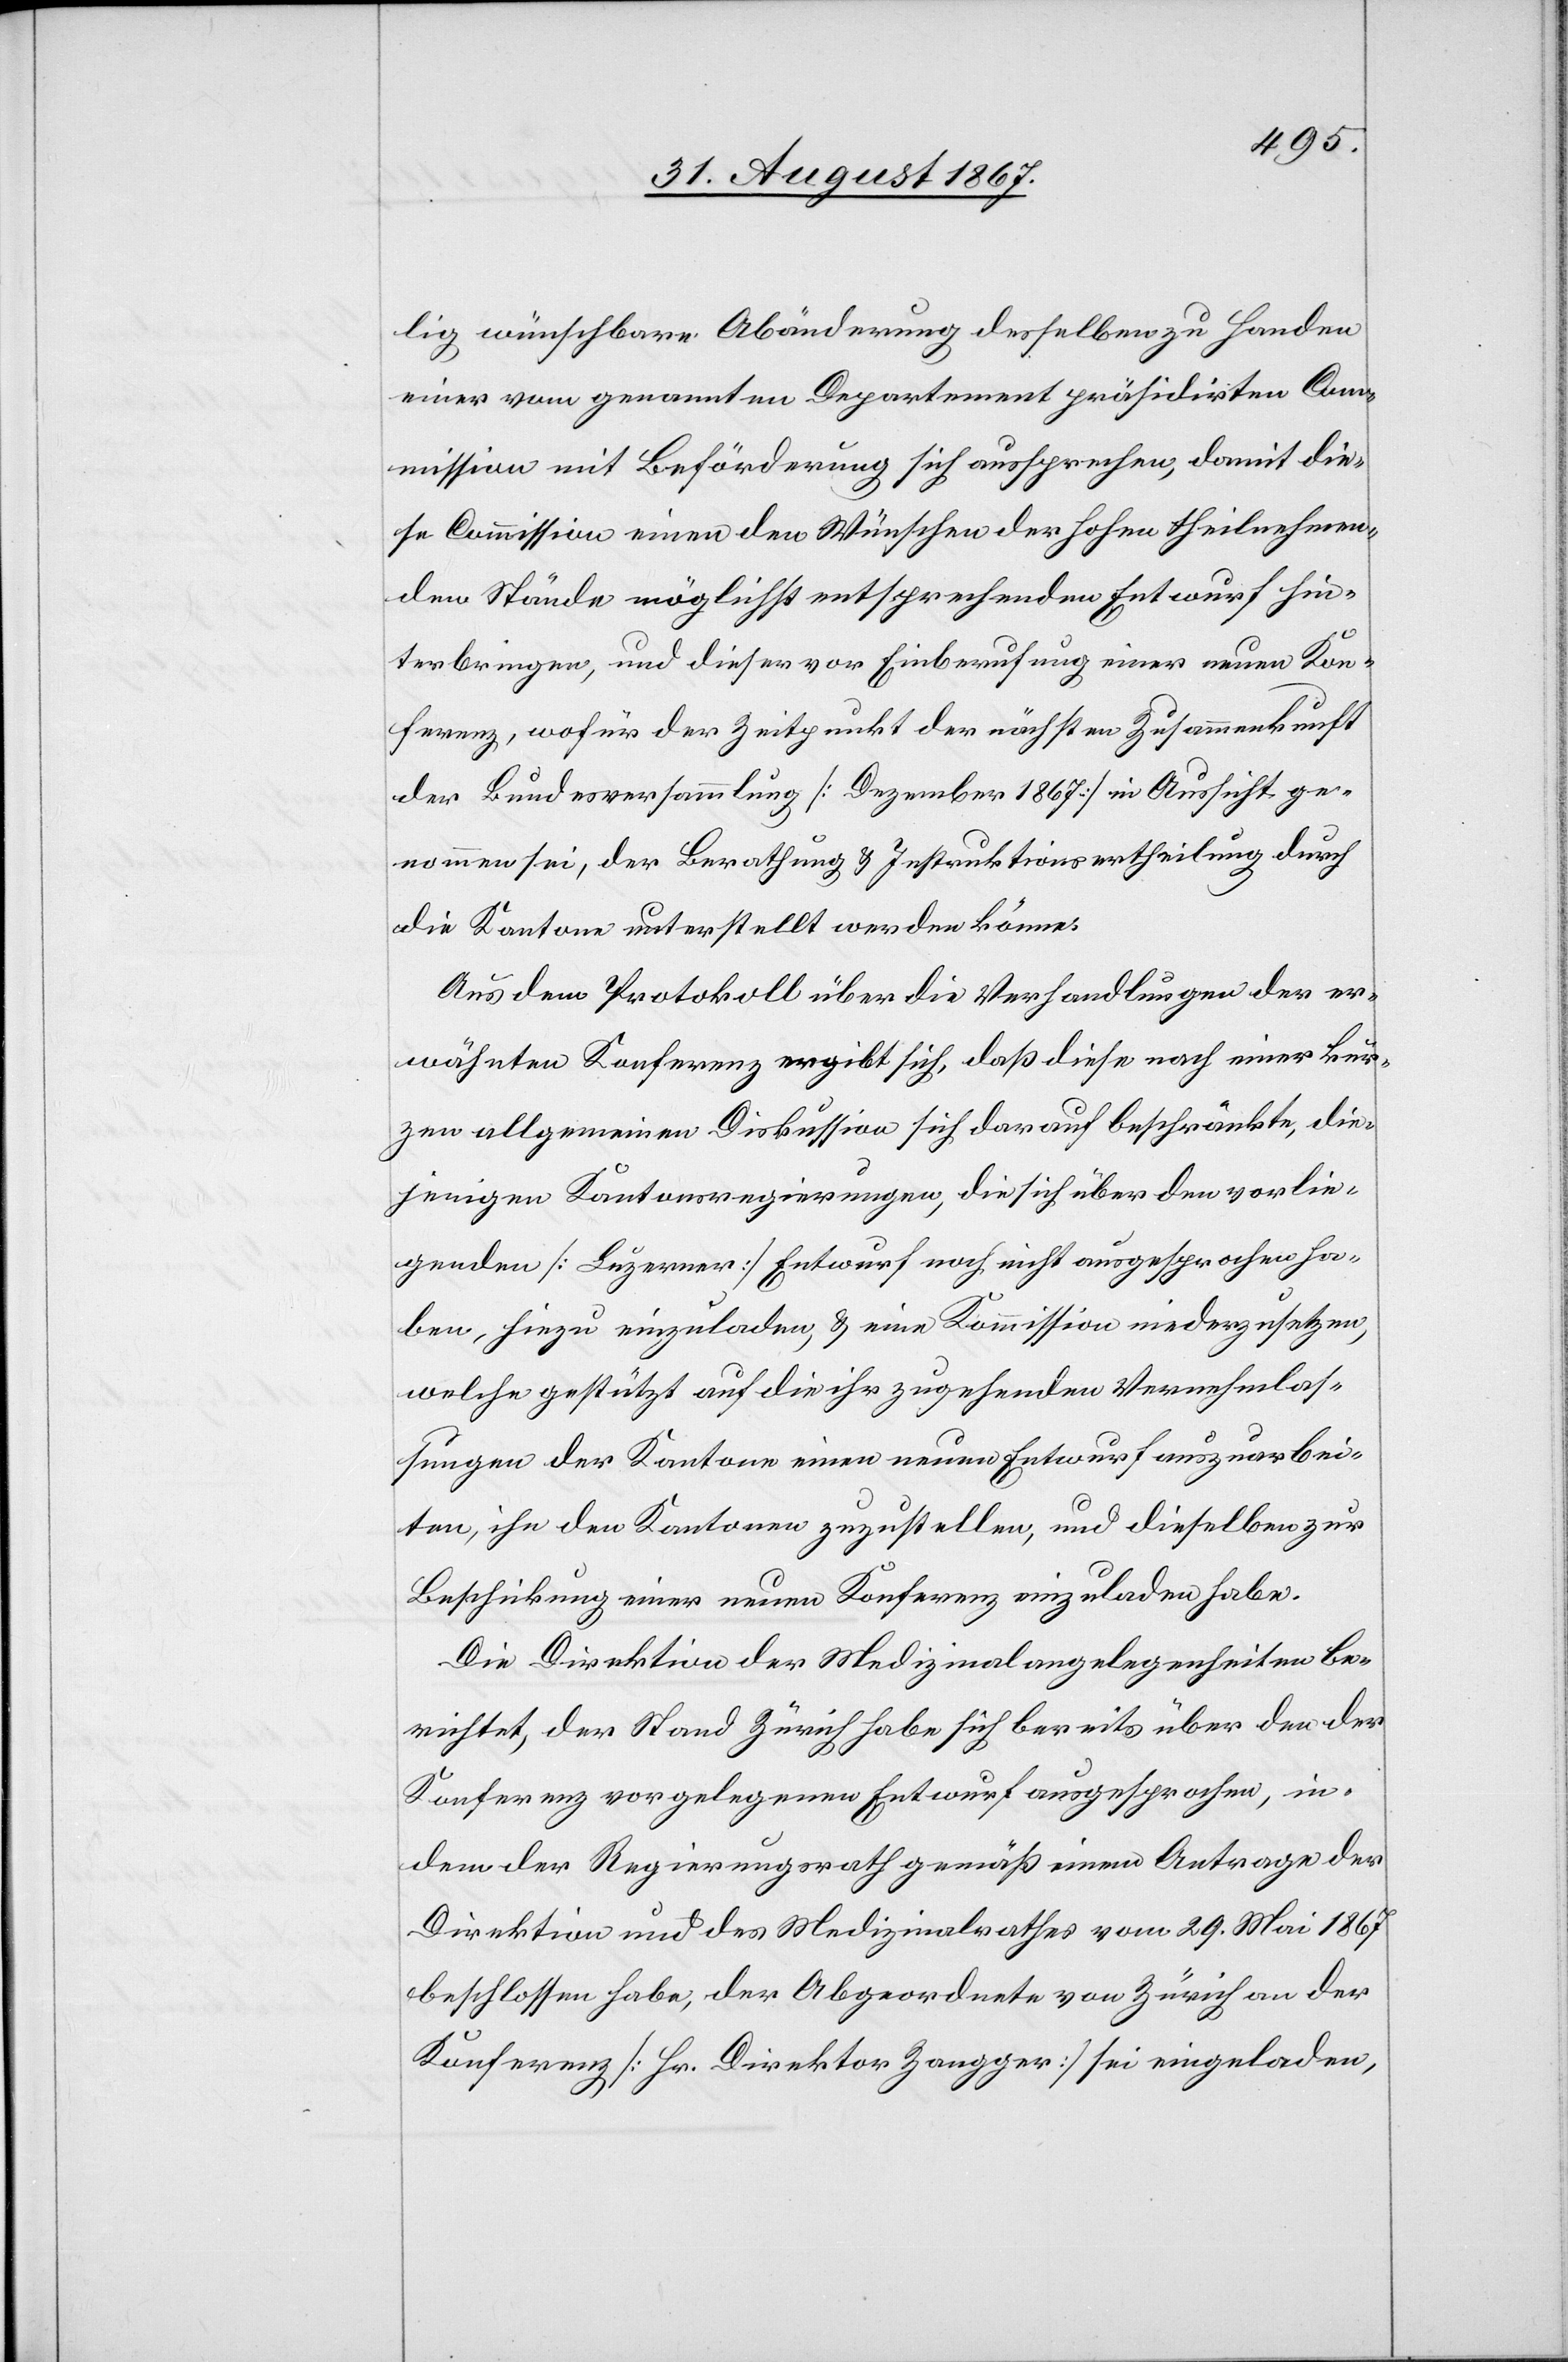
lig wünschbare Abänderungen desselben zu Handen
einer vom genannten Departement präsidirten Co¬
mmission mit Beförderung sich aussprechen, damit die¬
se Commission einen den Wünschen der hohen theilnehmen¬
den Stände möglichst entsprechenden Entwurf hin¬
terbringen, und dieser vor Einberufung einer neuen Kon¬
ferenz, wofür der Zeitpunkt der nächsten Zusammenkunft
der Bundesversammlung [Dezember 1867] in Aussicht ge¬
nommen sei, der Berathung u. Instruktionsertheilung durch
die Kantone unterstellt werden könne.
Aus dem Protokoll über die Verhandlungen der er¬
wähnten Konferenz ergibt sich, daß diese nach einer kur¬
zen allgemeinen Diskussion sich darauf beschränkte, die¬
jenigen Kantonsregierungen, die sich über den vorlie¬
genden [Luzerner] Entwurf noch nicht ausgesprochen ha¬
ben, hiezu einzuladen, u. eine Kommission niederzusetzen,
welche gestützt auf die ihr zugehenden Vernehmlas¬
sungen der Kantone einen neuen Entwurf auszuarbei¬
ten, ihn den Kantonen zuzustellen und dieselben zur
Beschickung einer neuen Konferenz einzuladen habe.
Die Direktion der Medizinalangelegenheiten be¬
richtet, der Stand Zürich habe sich bereits über den der
Konferenz vorgelegenen Entwurf ausgesprochen, in¬
dem der Regierungsrath gemäß einem Antrage der
Direktion und des Medizinalrathes vom 29. Mai 1867
beschlossen habe, der Abgeordnete von Zürich an der
Konferenz [Hr. Direktor Zangger] sei eingeladen,